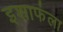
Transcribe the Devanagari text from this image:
इशाफंला